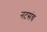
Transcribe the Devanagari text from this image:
नटसंच